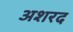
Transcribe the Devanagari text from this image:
अशरद